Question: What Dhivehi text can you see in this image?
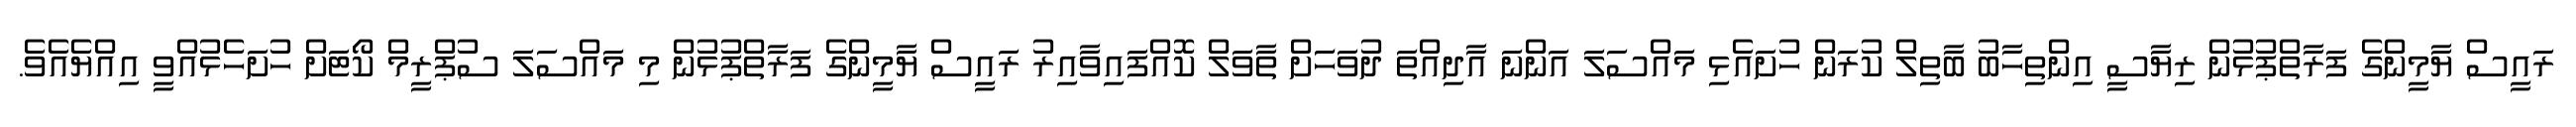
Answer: ރައީސް ޔާމީންގެ ފަރާތްޕުޅުން ރިޔާސީ އިންތިހާބު ބާތިލް ކުރަން ހުށައެޅި މައްސަލަ އަންނަ އާދިއްތަ ދުވަހަަށް ތާވަލް ކޮއްފައިވާއިރު ރައީސް ޔާމީންގެ ފަރާތްޕުޅުން މި މައްސަލަ ސުޕްރީމް ކޯޓަށް ހުށަހެޅުއްވީ އިއްޔެއެވެ.